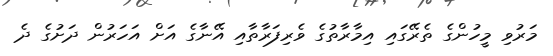
މަރުވި މީހުންގެ ތެރޭގައި އިމާރާތުގެ ވެރިފަރާތާއި އޭނާގެ އަށް އަހަރުން ދަށުގެ ދެ